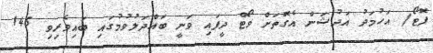
ފޮޓޯ/ އަހުމަދު އަދުޝަން އެގޮތަށް ވޯޓް ދީފައި ވަނީ ބައްދަލުވުމުގައި ބައިވެރިވި 145